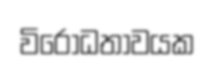
විරෝධතාවයක